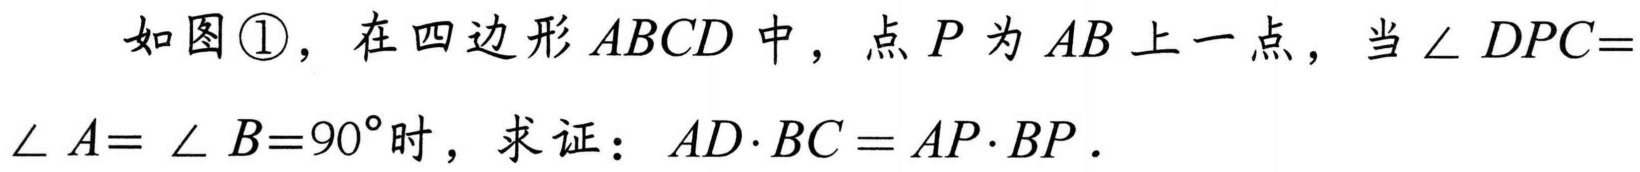
如图\textcircled{1}，在四边形$ABCD$中，点$P$为$AB$上一点，当$\angle DPC = \angle A=\angle B = 90^{\circ}$时，求证：$AD\cdot BC = AP\cdot BP$.